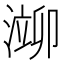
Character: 𬈢